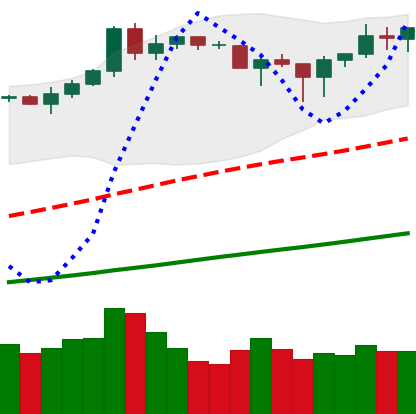
Ticker: BNB-USD
Chart end date: 2019-04-16
Forward return: 22.022%
Label: up_7plus